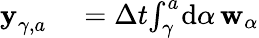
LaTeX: \begin{array}{rl}{\mathbf{y}_{\gamma,a_{}}^{}}&{{}=\Delta t{}\! \int_{\gamma}^{a_{}}\! \mathrm{d}\alpha{}\, \mathbf{w}_{\alpha{}}}\end{array}